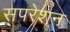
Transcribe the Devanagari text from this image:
सपरेशन